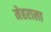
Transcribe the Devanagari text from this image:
मेहराला